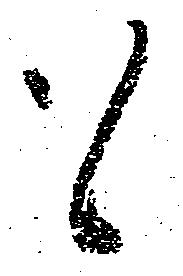
も